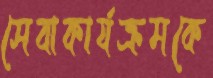
সেবাকার্যক্রমকে